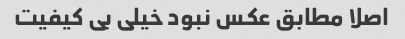
اصلا مطابق عکس نبود خیلی بی کیفیت